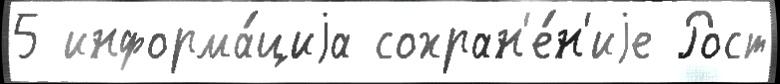
5 информа́циjа сохран'е́н'иjе Рост